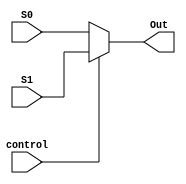
`timescale 1ns / 1ps

module Multiplexer32(
    input control,
    input [31:0] S0,
    input [31:0] S1,
    output [31:0] Out
    );

    assign Out = control ? S1 : S0;
endmodule